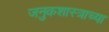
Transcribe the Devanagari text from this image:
जनुकशास्त्राच्या